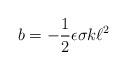
LaTeX: \begin{align*}b = - \frac{1}{2} \epsilon \sigma k \ell^{2} \end{align*}